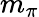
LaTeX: m_{\pi}